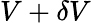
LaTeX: V+\delta V